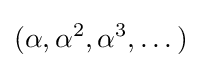
(\alpha ,\alpha ^{2},\alpha ^{3},\dots )